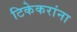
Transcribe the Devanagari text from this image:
टिकेकरांना